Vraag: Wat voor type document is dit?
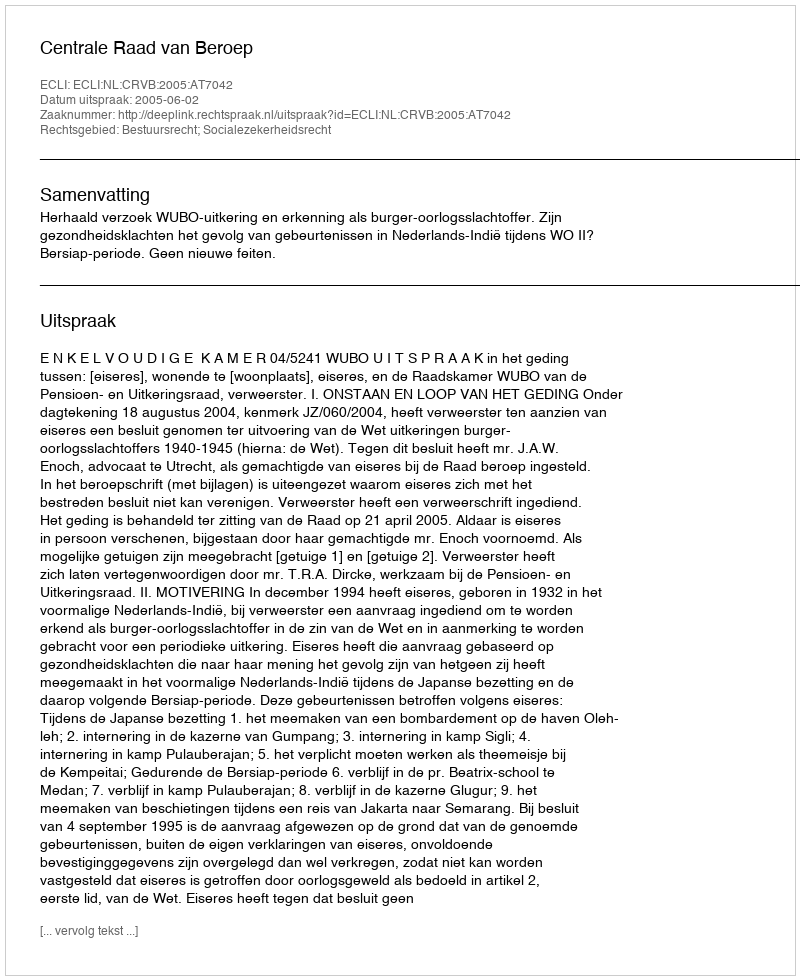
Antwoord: Uitspraak